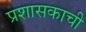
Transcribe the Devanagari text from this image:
प्रशासकाची